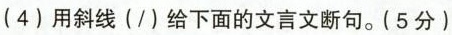
(4) 用斜线(/)给下面的文言文断句。(5分)